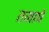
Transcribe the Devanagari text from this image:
तमाषे